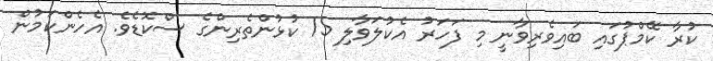
ކުރާ ކޭމްޕުގައި ބައިވެރިވާނީ މި ފަހަރު އެކުލަވާލި 15 ކުޅުންތެރިންގެ ސްކޮޑެވެ. އެހެންކަމުން